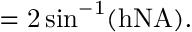
\it { \Omega } = \mathrm { { } 2 \sin ^ { - 1 } ( h N A ) . }